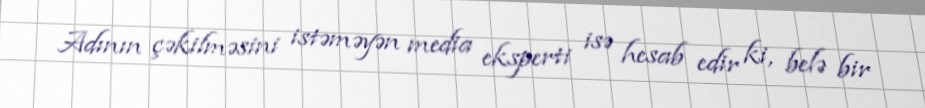
Adının çəkilməsini istəməyən media eksperti isə hesab edir ki, belə bir